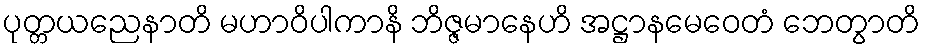
ပုတ္တယညေနာတိ မဟာဝိပါကာနိ ဘိဇ္ဇမာနေဟိ အဋ္ဌာနမေဝေတံ ဘေတွာတိ